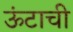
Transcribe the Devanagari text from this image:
ऊंटाची